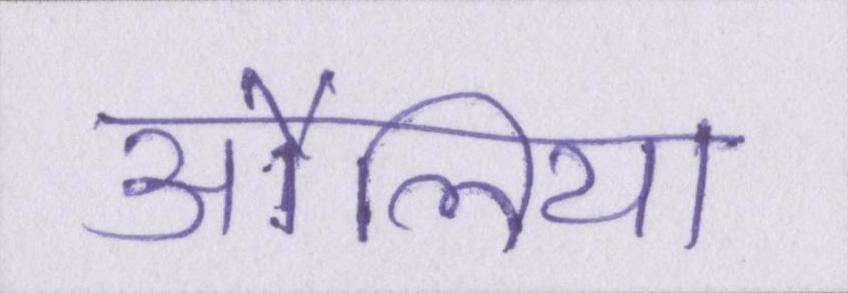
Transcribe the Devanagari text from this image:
औलिया